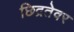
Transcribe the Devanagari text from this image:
छिद्रतेवर